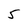
Character: 5